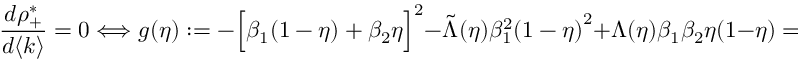
\frac { d \rho _ { + } ^ { * } } { d \langle k \rangle } = 0 \Longleftrightarrow g ( \eta ) : = - { \Big [ \beta _ { 1 } ( 1 - \eta ) + \beta _ { 2 } \eta \Big ] } ^ { 2 } - \Tilde { \Lambda } ( \eta ) \beta _ { 1 } ^ { 2 } { ( 1 - \eta ) } ^ { 2 } + \Lambda ( \eta ) \beta _ { 1 } \beta _ { 2 } \eta ( 1 - \eta ) = 0 ,